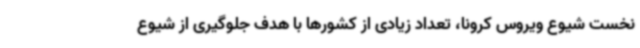
نخست شیوع ویروس کرونا، تعداد زیادی از کشورها با هدف جلوگیری از شیوع